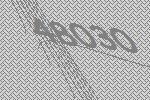
48030